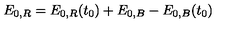
E _ { 0 , R } = E _ { 0 , R } ( t _ { 0 } ) + E _ { 0 , B } - E _ { 0 , B } ( t _ { 0 } )